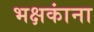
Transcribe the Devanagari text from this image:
भक्षकांना